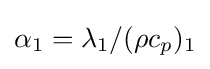
\alpha _{1}=\lambda _{1}/(\rho c_{p})_{1}